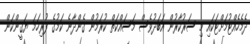
ދެމެހެއްޓުމަށްޓަކައި މި ސަރުކާރުން އަބަދުވެސް މަސައްކަތް ކުރަމުން ގެންދާނެ ކަމުގެ ފުރިހަމަ ޔަޤީންކަން